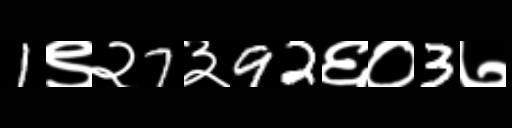
Text: 1९२7३92६०3७